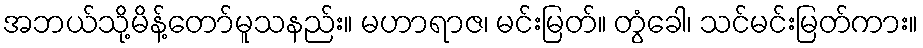
အဘယ်သို့မိန့်တော်မူသနည်း။ မဟာရာဇ၊ မင်းမြတ်။ တွံခေါ၊ သင်မင်းမြတ်ကား။